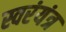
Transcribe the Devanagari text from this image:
स्वरंयंत्र